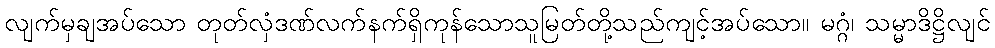
လျက်မှချအပ်သော တုတ်လှံဒဏ်လက်နက်ရှိကုန်သောသူမြတ်တို့သည်ကျင့်အပ်သော။ မဂ္ဂံ၊ သမ္မာဒိဋ္ဌိလျင်